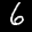
Label: 6